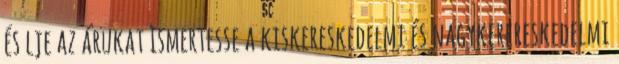
és lje az árukat Ismertesse a kiskereskedelmi és nagykerereskedelmi